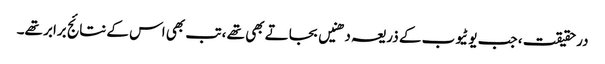
درحقیقت ، جب یوٹیوب کے ذریعہ دھنیں بجاتے بھی تھے ، تب بھی اس کے نتائج برابر تھے۔